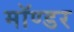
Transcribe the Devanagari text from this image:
मॉण्डर